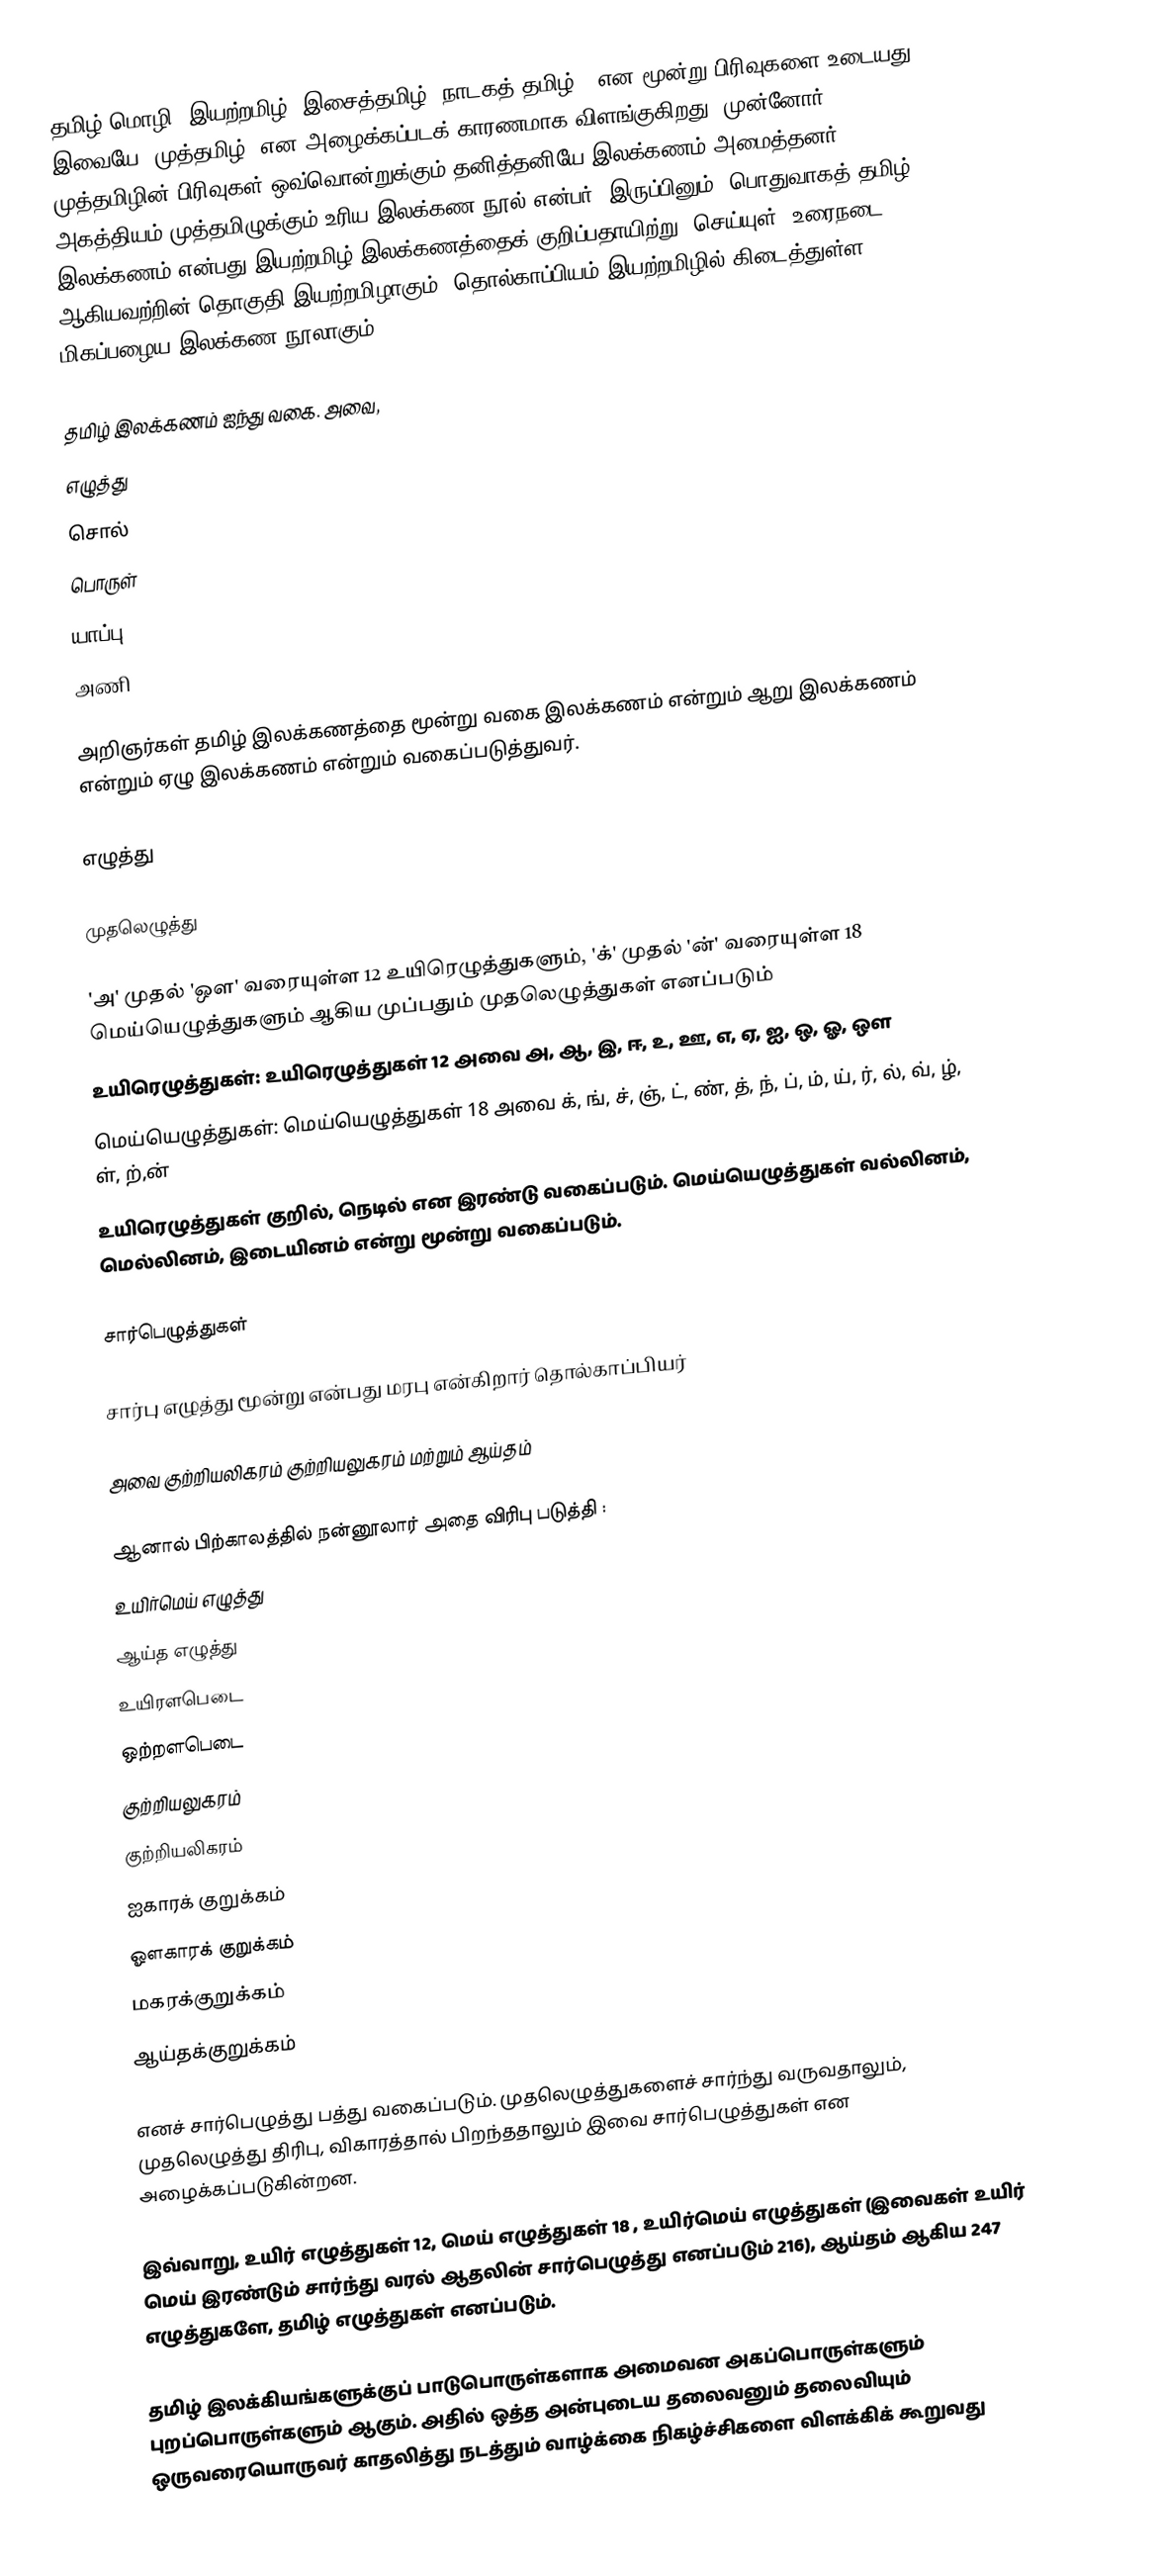
தமிழ் மொழி 'இயற்றமிழ், இசைத்தமிழ், நாடகத் தமிழ்,' என மூன்று பிரிவுகளை உடையது.  இவையே 'முத்தமிழ்' என அழைக்கப்படக் காரணமாக விளங்குகிறது. முன்னோர் முத்தமிழின் பிரிவுகள் ஒவ்வொன்றுக்கும் தனித்தனியே இலக்கணம் அமைத்தனர். அகத்தியம் முத்தமிழுக்கும் உரிய இலக்கண நூல் என்பர். இருப்பினும், பொதுவாகத் தமிழ் இலக்கணம் என்பது இயற்றமிழ் இலக்கணத்தைக் குறிப்பதாயிற்று. செய்யுள், உரைநடை ஆகியவற்றின் தொகுதி இயற்றமிழாகும். தொல்காப்பியம் இயற்றமிழில் கிடைத்துள்ள மிகப்பழைய இலக்கண நூலாகும்.

தமிழ் இலக்கணம் ஐந்து வகை. அவை,
 எழுத்து
 சொல்
 பொருள்
 யாப்பு
 அணி

அறிஞர்கள் தமிழ் இலக்கணத்தை மூன்று வகை இலக்கணம் என்றும் ஆறு இலக்கணம் என்றும் ஏழு  இலக்கணம் என்றும் வகைப்படுத்துவர்.

எழுத்து

முதலெழுத்து

'அ' முதல் 'ஔ' வரையுள்ள 12 உயிரெழுத்துகளும், 'க்' முதல் 'ன்' வரையுள்ள 18 மெய்யெழுத்துகளும் ஆகிய முப்பதும் முதலெழுத்துகள் எனப்படும்
உயிரெழுத்துகள்: உயிரெழுத்துகள் 12 அவை அ, ஆ, இ, ஈ, உ, ஊ, எ, ஏ, ஐ, ஒ, ஓ, ஔ
மெய்யெழுத்துகள்: மெய்யெழுத்துகள் 18 அவை க், ங், ச், ஞ், ட், ண், த், ந், ப், ம், ய், ர், ல், வ், ழ், ள், ற்,ன்
உயிரெழுத்துகள் குறில், நெடில் என இரண்டு வகைப்படும்.  மெய்யெழுத்துகள் வல்லினம், மெல்லினம், இடையினம் என்று மூன்று வகைப்படும்.

சார்பெழுத்துகள்

சார்பு எழுத்து மூன்று என்பது மரபு என்கிறார் தொல்காப்பியர்

அவை குற்றியலிகரம் குற்றியலுகரம் மற்றும் ஆய்தம்

ஆனால் பிற்காலத்தில் நன்னூலார் அதை விரிபு படுத்தி :
உயிர்மெய் எழுத்து
ஆய்த எழுத்து
உயிரளபெடை
ஒற்றளபெடை
குற்றியலுகரம்
குற்றியலிகரம்
ஐகாரக் குறுக்கம்
ஔகாரக் குறுக்கம்
மகரக்குறுக்கம்
ஆய்தக்குறுக்கம்

எனச் சார்பெழுத்து பத்து வகைப்படும். முதலெழுத்துகளைச் சார்ந்து வருவதாலும், முதலெழுத்து திரிபு, விகாரத்தால் பிறந்ததாலும் இவை சார்பெழுத்துகள் என அழைக்கப்படுகின்றன.

இவ்வாறு, உயிர் எழுத்துகள் 12, மெய் எழுத்துகள் 18 , உயிர்மெய் எழுத்துகள் (இவைகள் உயிர் மெய் இரண்டும் சார்ந்து வரல் ஆதலின் சார்பெழுத்து எனப்படும் 216), ஆய்தம் ஆகிய 247 எழுத்துகளே, தமிழ் எழுத்துகள் எனப்படும்.

தமிழ் இலக்கியங்களுக்குப் பாடுபொருள்களாக அமைவன அகப்பொருள்களும் புறப்பொருள்களும் ஆகும். அதில் ஒத்த அன்புடைய தலைவனும் தலைவியும் ஒருவரையொருவர் காதலித்து நடத்தும் வாழ்க்கை நிகழ்ச்சிகளை விளக்கிக் கூறுவது